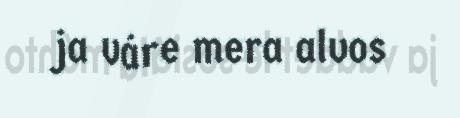
ja váre mera alvos